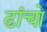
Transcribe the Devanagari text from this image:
ढांचो